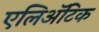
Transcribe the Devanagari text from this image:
एलिअॅटिक